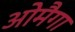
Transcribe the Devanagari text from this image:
ओमैगा